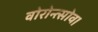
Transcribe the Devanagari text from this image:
वोरोन्त्सोव।